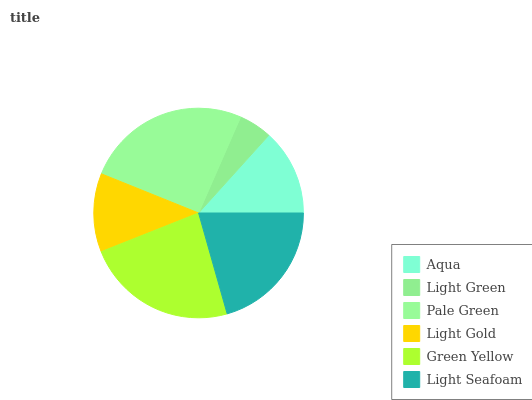
| Aqua | Light Green | Pale Green | Light Gold | Green Yellow | Light Seafoam |
 | --- | --- | --- | --- | --- | --- |
 | 13.3% | 5.12% | 25.4% | 12.1% | 23.4% | 20.7% |